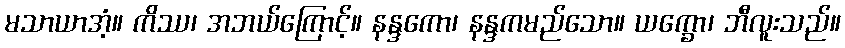
မသာယာအံ့။ ကိဿ၊ အဘယ်ကြောင့်။ နန္ဒကော၊ နန္ဒကမည်သော။ ယက္ခော၊ ဘီလူးသည်။